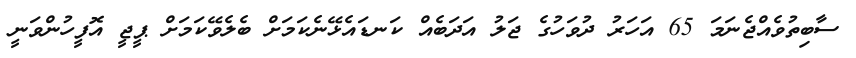
ސާބިތުވެއްޖެނަމަ 65 އަހަރު ދުވަހުގެ ޖަލު އަދަބެއް ކަނޑައެޅޭނެކަމަށް ބެލެވޭކަމަށް ޕީޖީ އޮފީހުންވަނީ